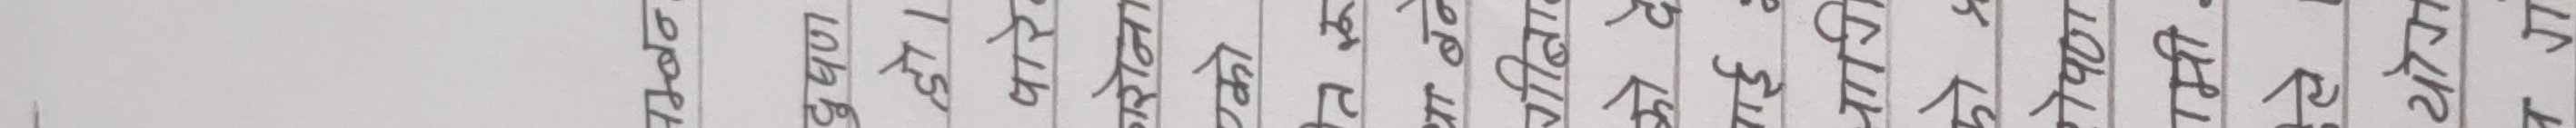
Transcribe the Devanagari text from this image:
दुषण
हो।
पारे
गरोना
एको
तरु
था बने
गीता
को दे
बाई :
नागि
को प्र
रोपण
मी
ले ।
योग
न गं